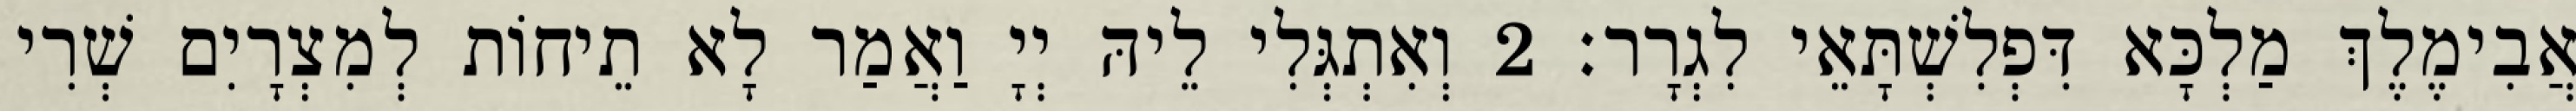
אֲבִימֶלֶךְ מַלְכָּא דִּפְלִשְׁתָּאֵי לִגְרָר׃ 2 וְאִתְגְּלִי לֵיהּ יְיָ וַאֲמַר לָא תֵיחוֹת לְמִצְרָיִם שְׁרִי